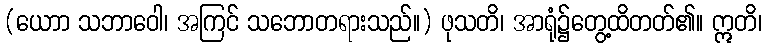
(ယောာ သဘာဝေါ၊ အကြင် သဘောတရားသည်။) ဖုသတိ၊ အာရုံ၌တွေ့ထိတတ်၏။ ဣတိ၊